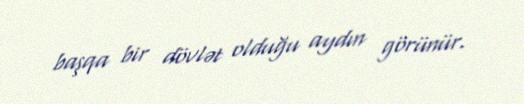
başqa bir dövlət olduğu aydın görünür.